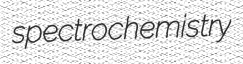
spectrochemistry